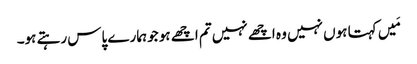
مَیں کہتا ہوں نہیں وہ اچھے نہیں تم اچھے ہو جو ہمارے پاس رہتے ہو۔